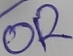
Text: OR